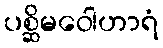
ပစ္ဆိမဝေါဟာရံ